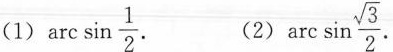
(1) $$\arcsin \frac{1}{2}$$ (2) $$\arcsin \frac{\sqrt{3}}{2}$$